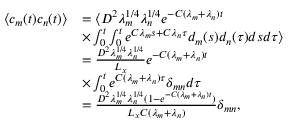
\begin{array} { r l } { \langle c _ { m } ( t ) c _ { n } ( t ) \rangle } & { = \langle D ^ { 2 } \lambda _ { m } ^ { 1 / 4 } \lambda _ { n } ^ { 1 / 4 } e ^ { - C ( \lambda _ { m } + \lambda _ { n } ) t } } \\ & { \times \int _ { 0 } ^ { t } \int _ { 0 } ^ { t } e ^ { C \lambda _ { m } s + C \lambda _ { n } \tau } d _ { m } ( s ) d _ { n } ( \tau ) d s d \tau \rangle } \\ & { = \frac { D ^ { 2 } \lambda _ { m } ^ { 1 / 4 } \lambda _ { n } ^ { 1 / 4 } } { L _ { x } } e ^ { - C ( \lambda _ { m } + \lambda _ { n } ) t } } \\ & { \times \int _ { 0 } ^ { t } e ^ { C ( \lambda _ { m } + \lambda _ { n } ) \tau } \delta _ { m n } d \tau } \\ & { = \frac { D ^ { 2 } \lambda _ { m } ^ { 1 / 4 } \lambda _ { n } ^ { 1 / 4 } ( 1 - e ^ { - C ( \lambda _ { m } + \lambda _ { n } ) t } ) } { L _ { x } C ( \lambda _ { m } + \lambda _ { n } ) } \delta _ { m n } , } \end{array}